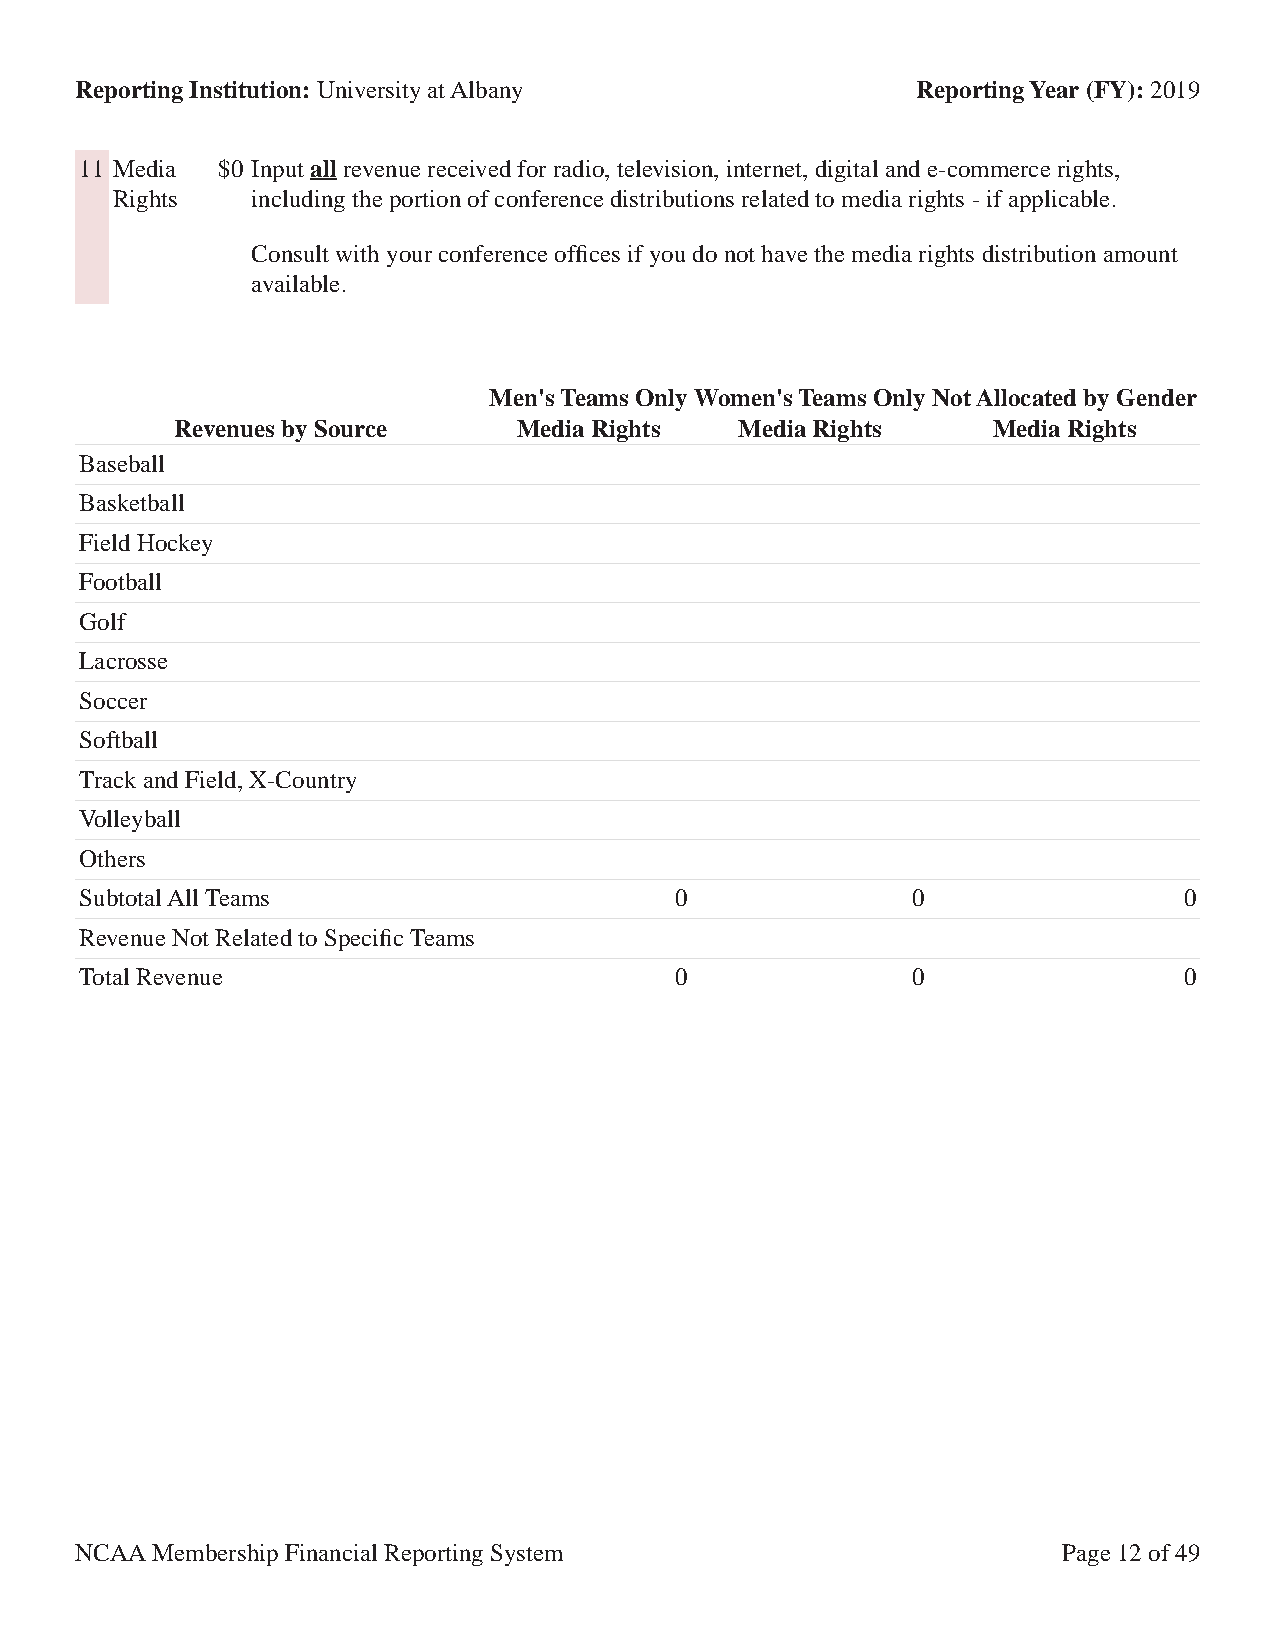
Reporting Institution: University at Albany             Reporting Year (FY): 2019
 11 Media $0 Input all revenue received for radio, television, internet, digital and e-commerce rights,
 Rights    including the portion of conference distributions related to media rights - if applicable.
 Consult with your conference offices if you do not have the media rights distribution amount
 available.
 Men's Teams Only Women's Teams Only Not Allocated by Gender
 Revenues by Source    Media Rights   Media Rights     Media Rights
 Baseball
 Basketball
 Field Hockey
 Football
 Golf
 Lacrosse
 Soccer
 Softball
 Track and Field, X-Country
 Volleyball
 Others
 Subtotal All Teams                      0              0                 0
 Revenue Not Related to Specific Teams
 Total Revenue                           0              0                 0
 NCAA Membership Financial Reporting System                       Page 12 of 49